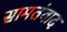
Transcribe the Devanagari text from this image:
सामतंवाद